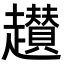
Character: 䟎